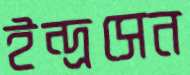
ইন্দ্রসেন